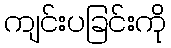
ကျင်းပခြင်းကို